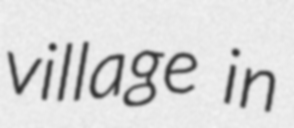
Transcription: village in